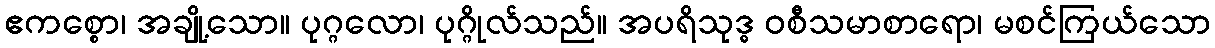
ဧကစ္စော၊ အချို့သော။ ပုဂ္ဂလော၊ ပုဂ္ဂိုလ်သည်။ အပရိသုဒ္ဓ ဝစီသမာစာရော၊ မစင်ကြယ်သော